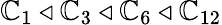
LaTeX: \mathbb{C}_{1}\triangleleft\mathbb{C}_{3}\triangleleft\mathbb{C}_{6}\triangleleft\mathbb{C}_{12}